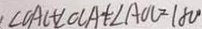
\angle O A C + \angle O C A + \angle A O C = 1 8 0 ^ { \circ }